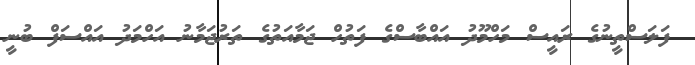
ފަލަސްތީނުގެ ރައީސް މަހްމޫދު އައްބާސްގެ ފަތުހް ޖަމާއަތުގެ ތަރުޖަމާނު އަހްމަދު އައްސަފް ބުނީ